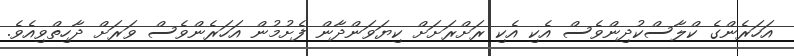
އަހަރެންގެ ކްލާސްކުދިންވެސް އެކި އެކި ރަށްރަށަށް ކިޔަވަންދާން ފެށުމުން އަހަރެންވެސް ވަރަށް ދާހިތްވިއެވެ.